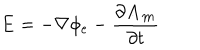
\mathbf { E } = - \nabla \phi _ { e } - \frac { \partial \mathbf { A _ { m } } } { \partial t }